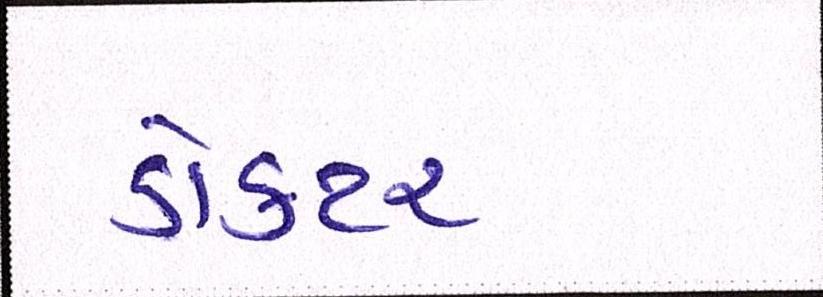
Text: ડોકટર